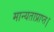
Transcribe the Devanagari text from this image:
मान्यताप्राप्त।